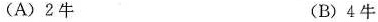
(A)2牛 (B)4牛